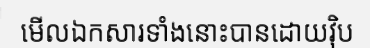
មើលឯកសារទាំងនោះបានដោយវ៉ិប